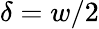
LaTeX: \delta=w/2